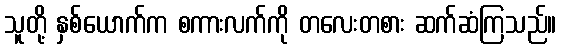
သူတို့ နှစ်ယောက်က စကားလက်ကို တလေးတစား ဆက်ဆံကြသည်။